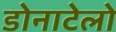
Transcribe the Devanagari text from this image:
डोनाटेलो